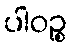
ပါဝဉ္စ